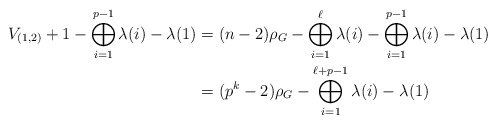
\begin{align*} V_{(1,2)} + 1 - \bigoplus_{i=1}^{p-1}\lambda(i) - \lambda(1) & = (n-2)\rho_G -\bigoplus_{i=1}^{\ell} \lambda(i) - \bigoplus_{i=1}^{p-1}\lambda(i) - \lambda(1) \\& = (p^k-2)\rho_G - \bigoplus_{i=1}^{\ell+p-1}\lambda(i) - \lambda(1)\end{align*}